Civil Veterinary Dept. Assam report 1927-50 - 1927-1950
Year: 1927
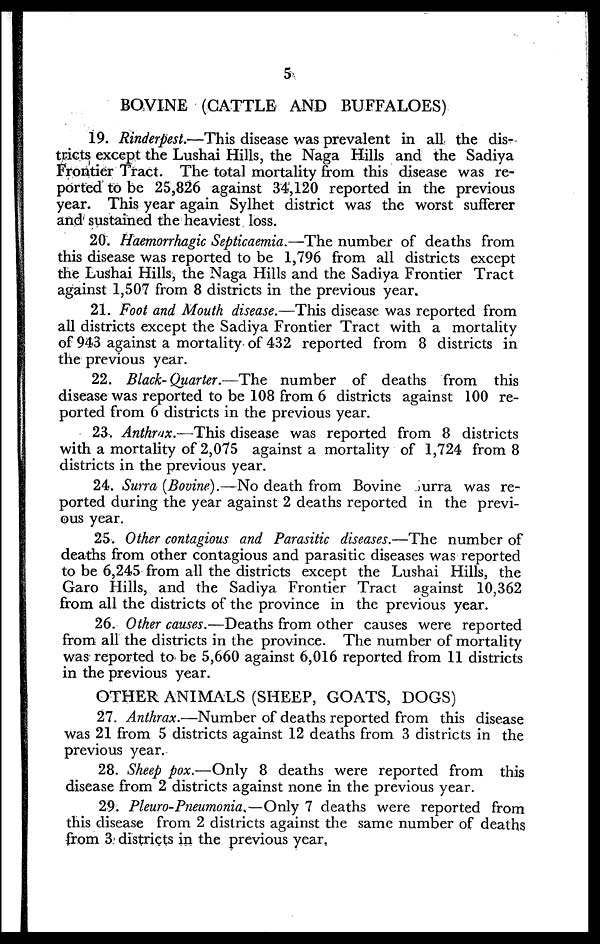
5
BOVINE (CATTLE AND BUFFALOES)
19. Rinderpest.—This disease was prevalent in all the dis-
tricts except the Lushai Hills, the Naga Hills and the Sadiya
Frontier Tract. The total mortality from this disease was re-
ported to be 25,826 against 34,120 reported in the previous
year. This year again Sylhet district was the worst sufferer
and sustained the heaviest loss.
20. Haemorrhagic Septicaemia.—The number of deaths from
this disease was reported to be 1,796 from all districts except
the Lushai Hills, the Naga Hills and the Sadiya Frontier Tract
against 1,507 from 8 districts in the previous year.
21. Foot and Mouth disease.—This disease was reported from
all districts except the Sadiya Frontier Tract with a mortality
of 943 against a mortality of 432 reported from 8 districts in
the previous year.
22. Black-Quarter.—The number of deaths from this
disease was reported to be 108 from 6 districts against 100 re-
ported from 6 districts in the previous year.
23. Anthrax.—This disease was reported from 8 districts
with a mortality of 2,075 against a mortality of 1,724 from 8
districts in the previous year.
24. Surra [Bovine).—No death from Bovine urra was re-
ported during the year against 2 deaths reported in the previ-
ous year.
25. Other contagious and Parasitic diseases.—The number of
deaths from other contagious and parasitic diseases was reported
to be 6,245 from all the districts except the Lushai Hills, the
Garo Hills, and the Sadiya Frontier Tract against 10,362
from all the districts of the province in the previous year.
26. Other causes.—Deaths from other causes were reported
from all the districts in the province. The number of mortality
was reported to be 5,660 against 6,016 reported from 11 districts
in the previous year.
OTHER ANIMALS (SHEEP, GOATS, DOGS)
27. Anthrax.—Number of deaths reported from this disease
was 21 from 5 districts against 12 deaths from 3 districts in the
previous year.
28. Sheep pox.—Only 8 deaths were reported from this
disease from 2 districts against none in the previous year.
29. Pleuro-Pneumonia,—Only 7 deaths were reported from
this disease from 2 districts against the same number of deaths
from 3 districts in the previous year.